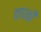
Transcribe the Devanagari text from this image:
वाघळी